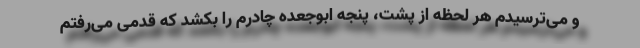
و می‌ترسیدم هر لحظه از پشت، پنجه ابوجعده چادرم را بکشد که قدمی می‌رفتم